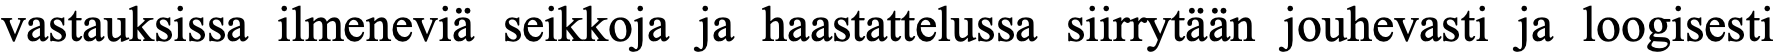
vastauksissa ilmeneviä seikkoja ja haastattelussa siirrytään jouhevasti ja loogisesti